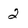
Character: 2